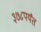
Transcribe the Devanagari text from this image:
३७८पर्यंत